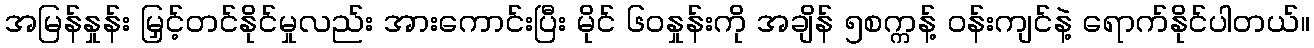
အမြန်နှုန်း မြှင့်တင်နိုင်မှုလည်း အားကောင်းပြီး မိုင် ၆၀နှုန်းကို အချိန် ၅စက္ကန့် ၀န်းကျင်နဲ့ ရောက်နိုင်ပါတယ်။